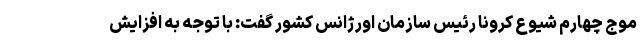
موج چهارم شیوع کرونا رئیس سازمان اورژانس کشور گفت: با توجه به افزایش